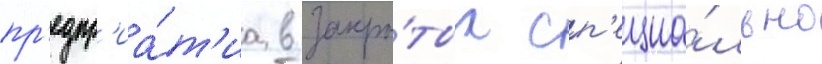
пр'едпр'иа́т'иа в закры́тых сп'ециа́льно